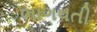
ભાગવતી